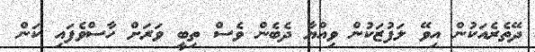
ދޭތެރެއަކުން އިވޭ ލަފުޒަކުން ވިއްޔާ ދެބެން ވެސް ތިބީ ވަރަށް ހާސްވެފައި ކަން